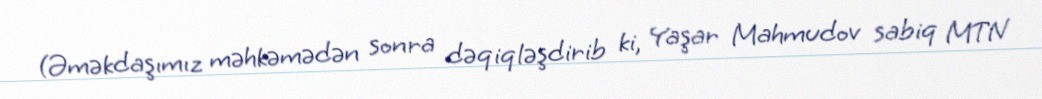
(Əməkdaşımız məhkəmədən sonra dəqiqləşdirib ki, Yaşar Mahmudov sabiq MTN